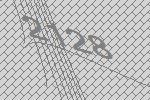
2128